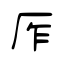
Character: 厏